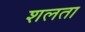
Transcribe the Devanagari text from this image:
शलता